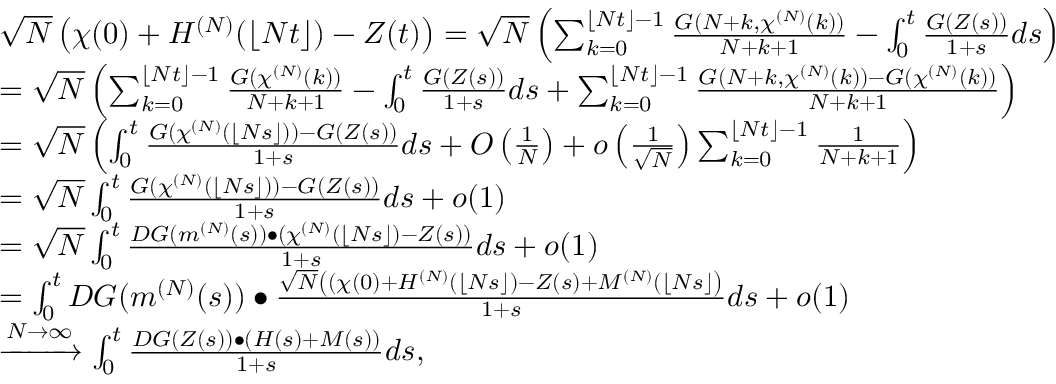
\begin{array} { r l } & { \sqrt { N } \left( \chi ( 0 ) + H ^ { ( N ) } ( \lfloor N t \rfloor ) - Z ( t ) \right) = \sqrt { N } \left( \sum _ { k = 0 } ^ { \lfloor N t \rfloor - 1 } \frac { G ( N + k , \chi ^ { ( N ) } ( k ) ) } { N + k + 1 } - \int _ { 0 } ^ { t } \frac { G ( Z ( s ) ) } { 1 + s } d s \right) } \\ & { = \sqrt { N } \left( \sum _ { k = 0 } ^ { \lfloor N t \rfloor - 1 } \frac { G ( \chi ^ { ( N ) } ( k ) ) } { N + k + 1 } - \int _ { 0 } ^ { t } \frac { G ( Z ( s ) ) } { 1 + s } d s + \sum _ { k = 0 } ^ { \lfloor N t \rfloor - 1 } \frac { G ( N + k , \chi ^ { ( N ) } ( k ) ) - G ( \chi ^ { ( N ) } ( k ) ) } { N + k + 1 } \right) } \\ & { = \sqrt { N } \left( \int _ { 0 } ^ { t } \frac { G ( \chi ^ { ( N ) } ( \lfloor N s \rfloor ) ) - G ( Z ( s ) ) } { 1 + s } d s + O \left( \frac { 1 } { N } \right) + o \left( \frac { 1 } { \sqrt { N } } \right) \sum _ { k = 0 } ^ { \lfloor N t \rfloor - 1 } \frac { 1 } { N + k + 1 } \right) } \\ & { = \sqrt { N } \int _ { 0 } ^ { t } \frac { G ( \chi ^ { ( N ) } ( \lfloor N s \rfloor ) ) - G ( Z ( s ) ) } { 1 + s } d s + o ( 1 ) } \\ & { = \sqrt { N } \int _ { 0 } ^ { t } \frac { D G ( m ^ { ( N ) } ( s ) ) \bullet ( \chi ^ { ( N ) } ( \lfloor N s \rfloor ) - Z ( s ) ) } { 1 + s } d s + o ( 1 ) } \\ & { = \int _ { 0 } ^ { t } D G ( m ^ { ( N ) } ( s ) ) \bullet \frac { \sqrt { N } \left( ( \chi ( 0 ) + H ^ { ( N ) } ( \lfloor N s \rfloor ) - Z ( s ) + M ^ { ( N ) } ( \lfloor N s \rfloor \right) } { 1 + s } d s + o ( 1 ) } \\ & { \xrightarrow { N \to \infty } \int _ { 0 } ^ { t } \frac { D G ( Z ( s ) ) \bullet ( H ( s ) + M ( s ) ) } { 1 + s } d s , } \end{array}